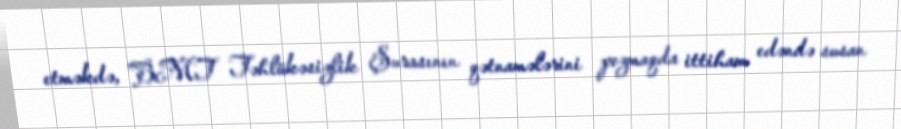
etməkdə, BMT Təhlükəsizlik Şurasının qətnamələrini pozmaqda ittiham edəndə susan